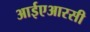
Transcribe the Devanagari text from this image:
आईएआरसी